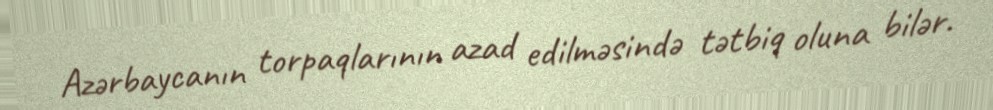
Azərbaycanın torpaqlarının azad edilməsində tətbiq oluna bilər.